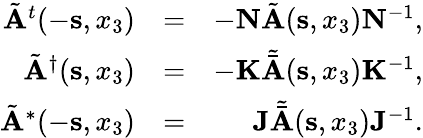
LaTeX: \begin{array}{rlr}{\tilde{\mathbf A}^{t}(-{{\mathbf s}},x_{3})}&{=}&{-{\mathbf N}\tilde{\mathbf A}({{\mathbf s}},x_{3}){\mathbf N}^{-1},}\\ {\tilde{\mathbf A}^{\dagger}({{\mathbf s}},x_{3})}&{=}&{-{\mathbf K}{\tilde{\bar{\mathbf A}}}({{\mathbf s}},x_{3}){\mathbf K}^{-1},}\\ {\tilde{\mathbf A}^{*}(-{{\mathbf s}},x_{3})}&{=}&{{\mathbf J}{\tilde{\bar{\mathbf A}}}({{\mathbf s}},x_{3}){\mathbf J}^{-1}.}\end{array}